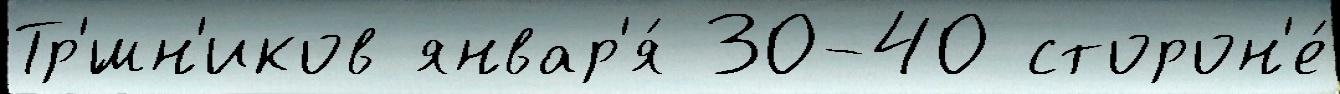
Тр'́шн'иков январ'я́ 30-40 сторон'е́